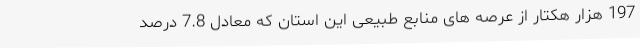
197 هزار هکتار از عرصه های منابع طبیعی این استان که معادل 7.8 درصد